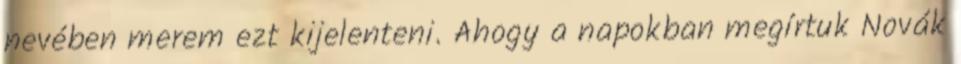
nevében merem ezt kijelenteni. Ahogy a napokban megírtuk Novák